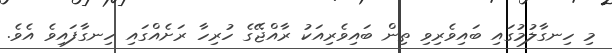
މި ހިނގާލުމުގައި ބައިވެރިވި ތިން ބައިވެރިއަކު ރާއްޖޭގެ ހުރިހާ ރަށެއްގައި ހިނގާފައިވެ އެވެ.